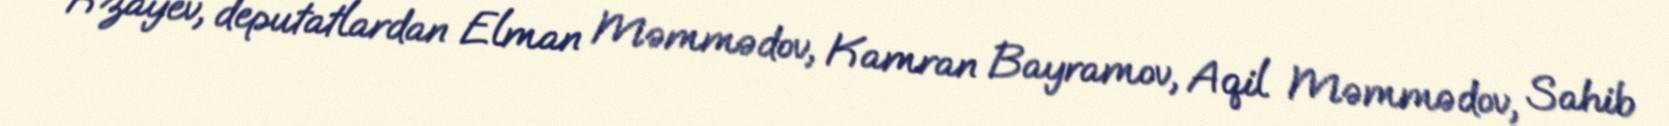
Rzayev, deputatlardan Elman Məmmədov, Kamran Bayramov, Aqil Məmmədov, Sahib